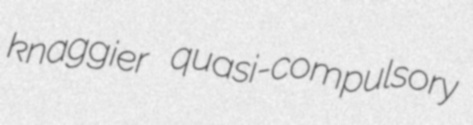
knaggier quasi-compulsory